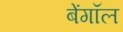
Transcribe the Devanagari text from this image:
बेंगॉल